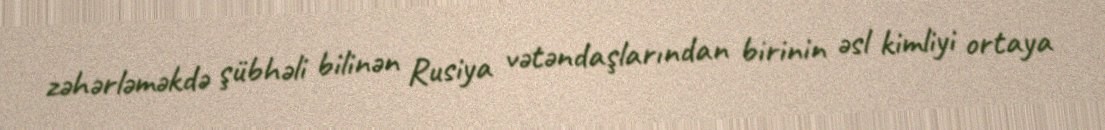
zəhərləməkdə şübhəli bilinən Rusiya vətəndaşlarından birinin əsl kimliyi ortaya